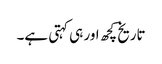
تاریخ کچھ اور ہی کہتی ہے۔